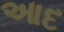
આદ